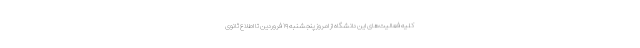
کلیه فعالیت‌های این دانشگاه از امروز پنجشنبه ۱۹ فروردین تا اطلاع ثانوی